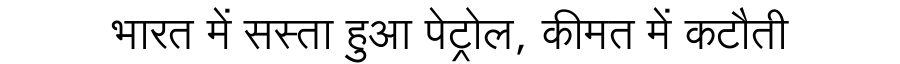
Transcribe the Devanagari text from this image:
भारत में सस्ता हुआ पेट्रोल, कीमत में कटौती